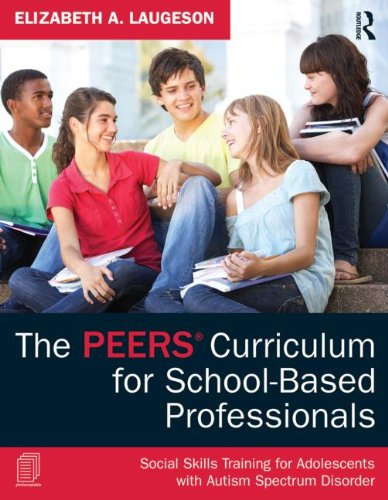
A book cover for The PEERS Curriculum for School-Based Professionals: Social Skills Training for Adolescents with Autism Spectrum Disorder; Elizabeth A. Laugeson; Education & Teaching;